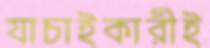
যাচাইকারীই